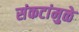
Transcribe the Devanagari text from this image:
संकटांमुळे